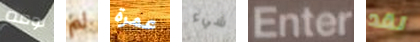
نومه لم عمرة شيء Enter لقد